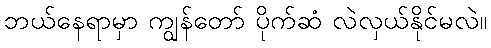
ဘယ်နေရာမှာ ကျွန်တော် ပိုက်ဆံ လဲလှယ်နိုင်မလဲ။